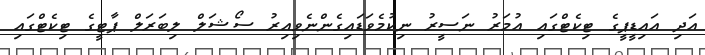
އަދި އައިޑީޕީގެ ޓިކެޓްގައި އުމަރު ނަސީރު ނިކުމެވަޑައިގެންނެވިއިރު ސޯޝަލް ލިބަރަލް ޕާޓީގެ ޓިކެޓްގައި